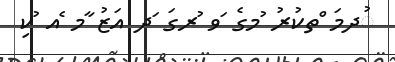
ުދމަ ްތކުރު ުމގެ ަވ ުރގަ ަދ އަޒު ާމ ެއ ުކި